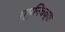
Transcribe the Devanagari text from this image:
म्यूनिचच्या